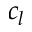
c _ { l }